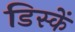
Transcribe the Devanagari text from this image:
डिस्कें